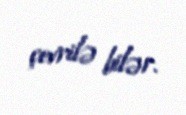
çevrilə bilər.